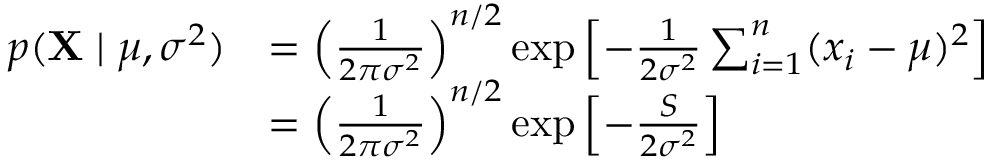
{ \begin{array} { r l } { p ( \mathbf { X } \mid \mu , \sigma ^ { 2 } ) } & { = \left( { \frac { 1 } { 2 \pi \sigma ^ { 2 } } } \right) ^ { n / 2 } \exp \left[ - { \frac { 1 } { 2 \sigma ^ { 2 } } } \sum _ { i = 1 } ^ { n } ( x _ { i } - \mu ) ^ { 2 } \right] } \\ & { = \left( { \frac { 1 } { 2 \pi \sigma ^ { 2 } } } \right) ^ { n / 2 } \exp \left[ - { \frac { S } { 2 \sigma ^ { 2 } } } \right] } \end{array} }